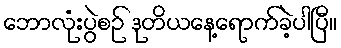
ဘောလုံးပွဲစဉ် ဒုတိယနေ့ရောက်ခဲ့ပါပြီ။